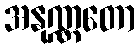
အနုဏ္ဏတော